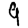
Digit: 9